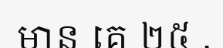
មាន គេ ២៥ .